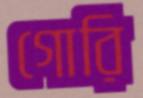
গোরি